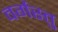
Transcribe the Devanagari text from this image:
वर्गस्तु